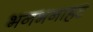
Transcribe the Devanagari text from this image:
भनभनाहट